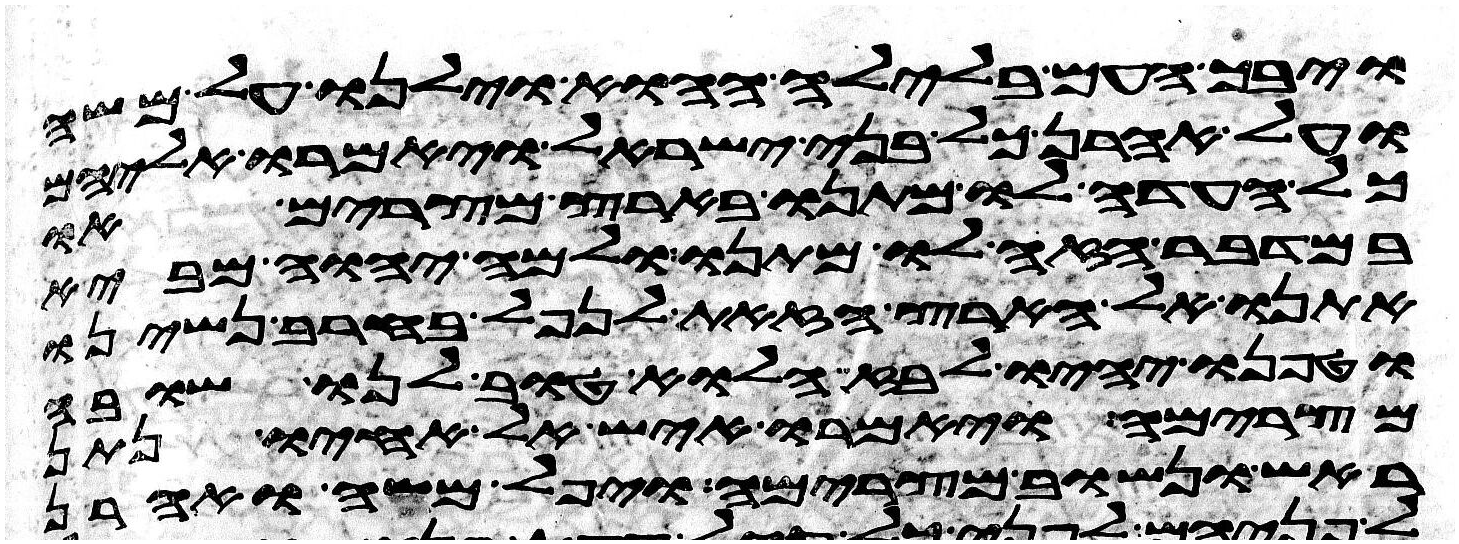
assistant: ויבך העם בלילה ההוא וילנו על משה
ועל אהרן כל בני ישראל ויאמרו אליהם
כל העדה לו מתנו בארץ מצרים או
במדבר הזה לו מתנו ולמה יהוה מביא
אתנו אל הארץ הזאת לנפל בחרב נשינו
וטפנו יהיו לבוז הלוא טוב לנו שובה
מצרימה ויאמרו איש אל אחיו נתן
ראש ונשוב מצרימה ויפל משה ואהרן